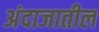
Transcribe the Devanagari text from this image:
अंदाजातील